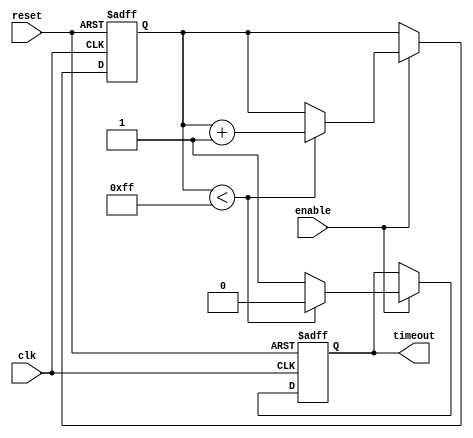
module timeout_counter #(
    parameter MAX_COUNT = 8'hFF  // Set the maximum timeout value (8-bit in this example)
)(
    input wire clk,                // Clock input
    input wire reset,              // Asynchronous reset input
    input wire enable,             // Enable signal to control the counting
    output reg timeout             // Timeout signal output
);

    reg [7:0] count;               // Counter register (8 bits to hold current count)

    // Asynchronous reset and counting behavior
    always @(posedge clk or posedge reset) begin
        if (reset) begin
            count <= 8'b00000000;   // Reset count to 0
            timeout <= 1'b0;        // Reset timeout signal
        end else if (enable) begin
            if (count < MAX_COUNT) begin
                count <= count + 1; // Increment count
                timeout <= 1'b0;     // Keep timeout low while counting
            end else begin
                timeout <= 1'b1;     // Set timeout signal high if maximum count is reached
            end
        end
    end

endmodule